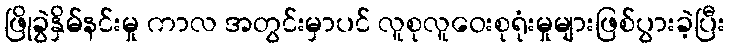
ဖြိုခွဲနှိမ်နင်းမှု ကာလ အတွင်းမှာပင် လူစုလူဝေးစုရုံးမှုများဖြစ်ပွားခဲ့ပြီး